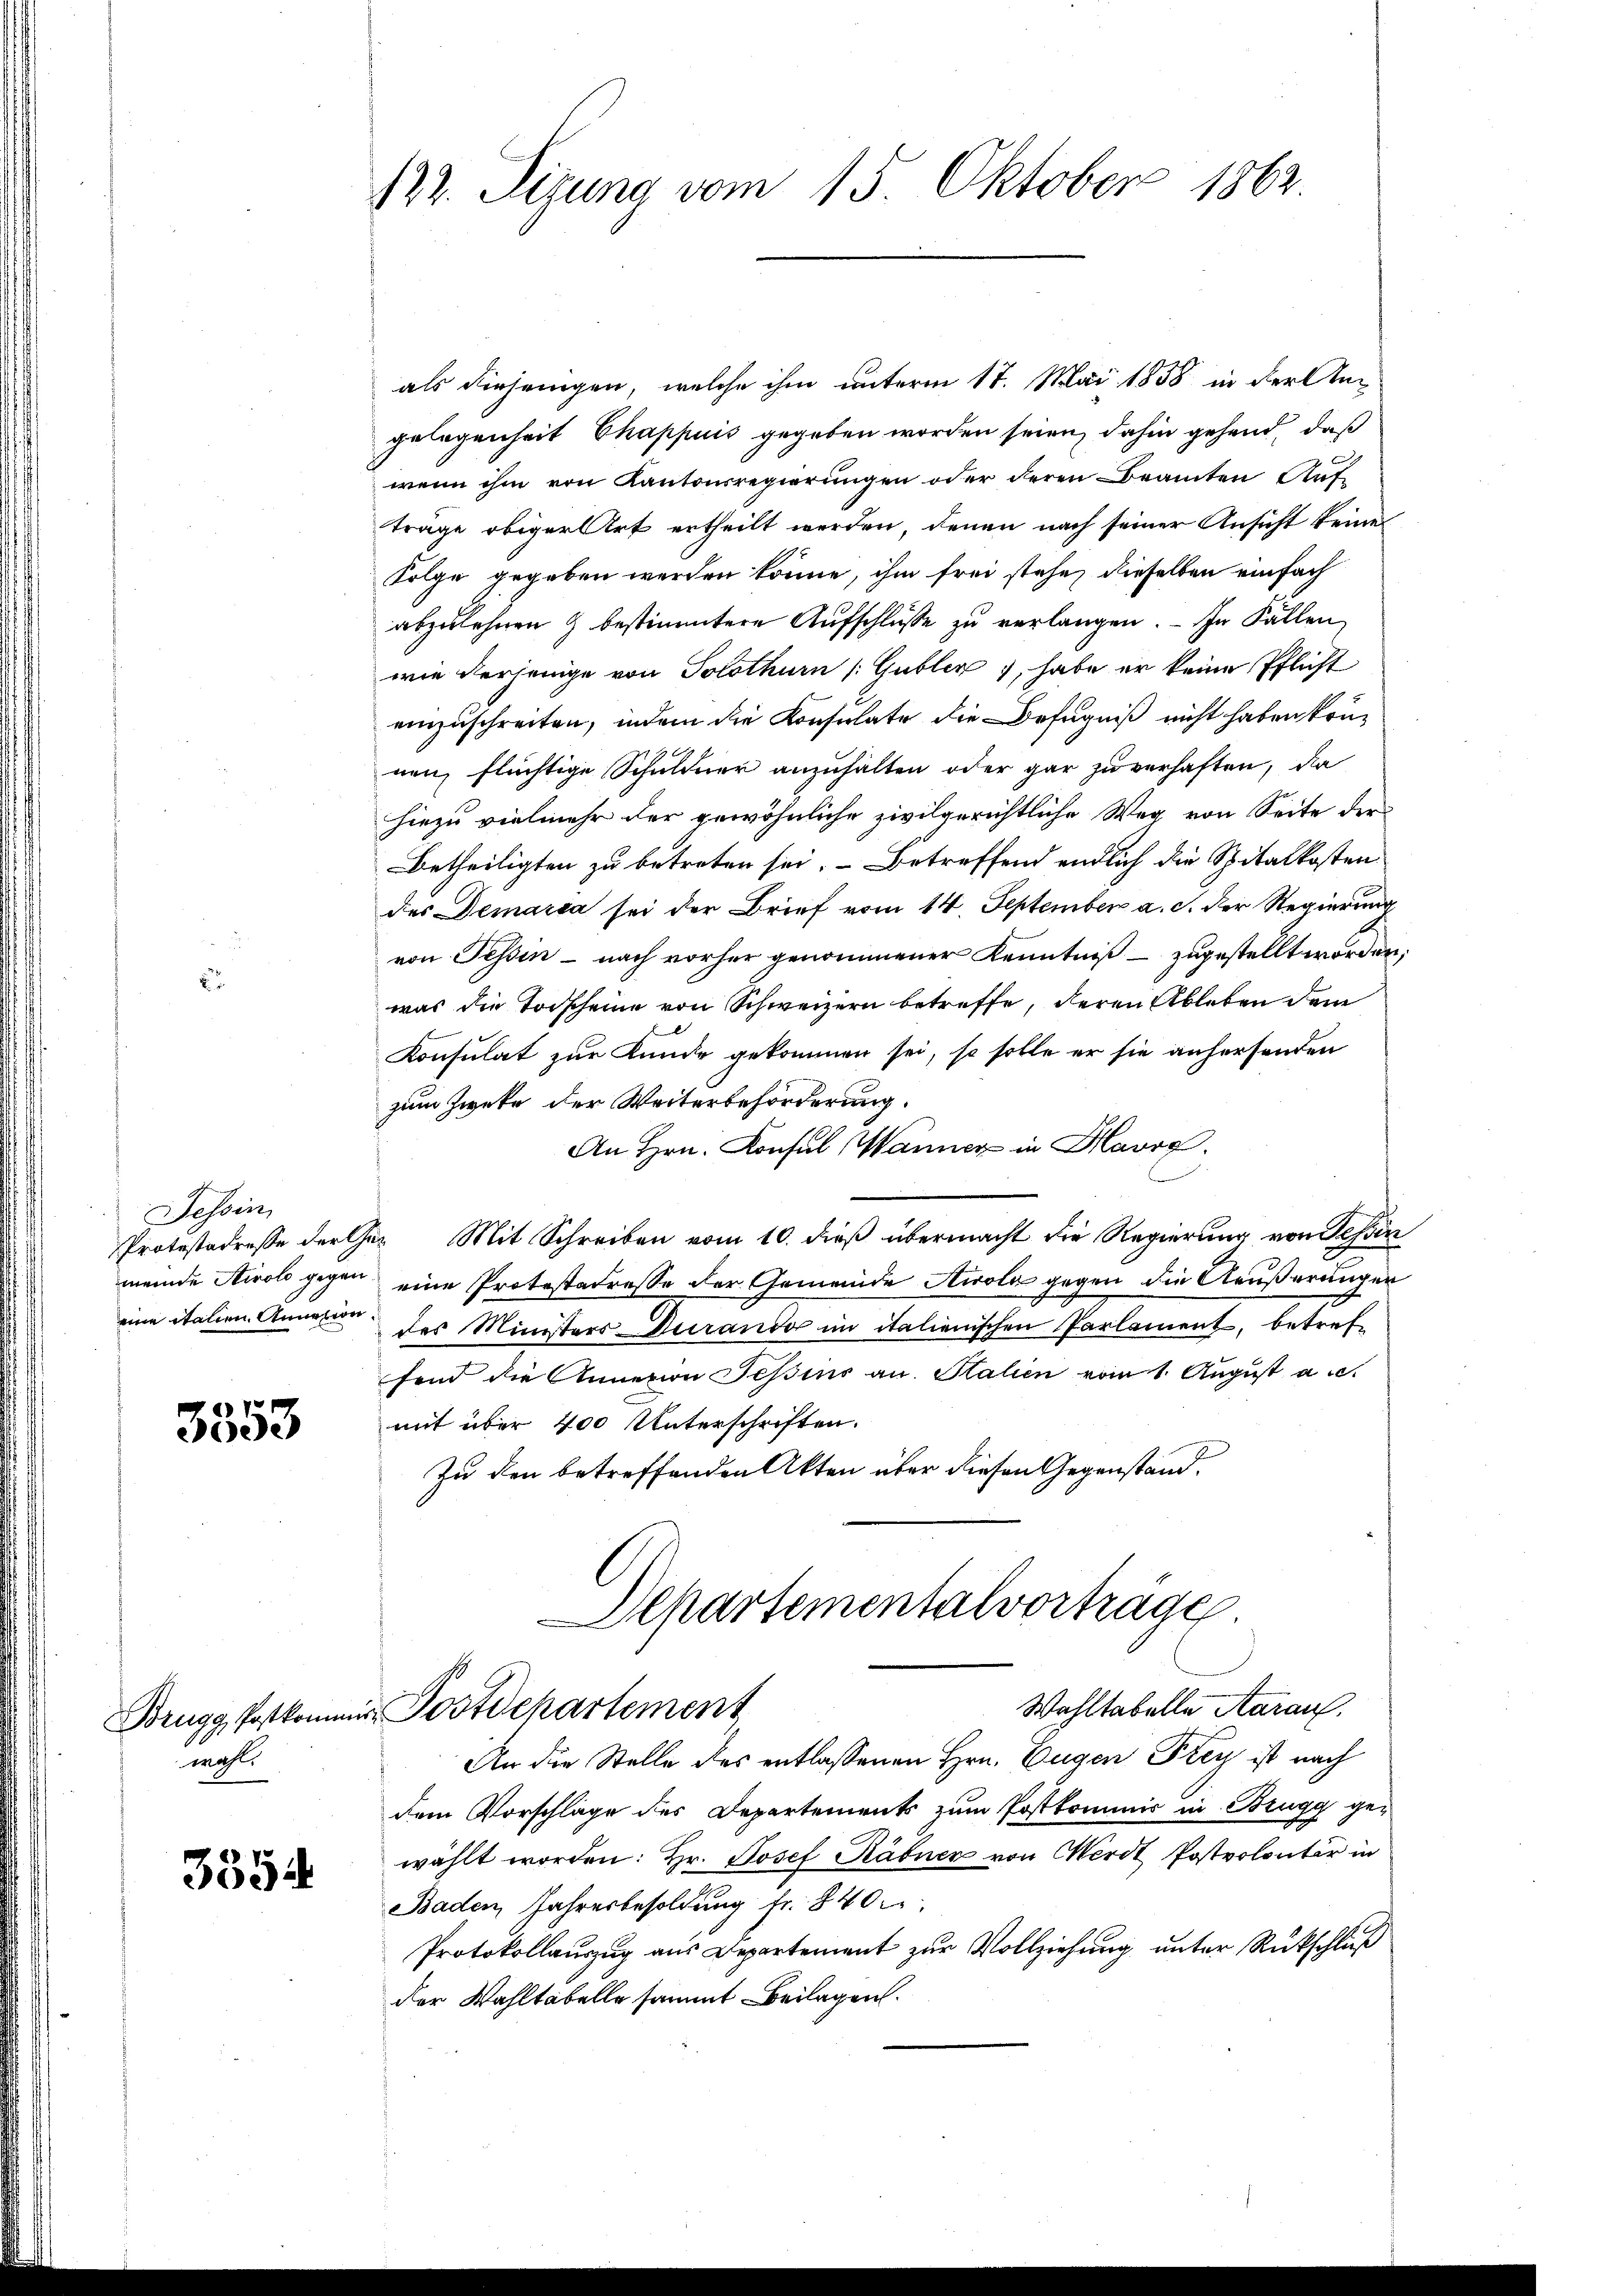
.

Tessin
Protestadresse der

3353

Brugg, Postkomm
wohl.

3354

122. Sizung vom 15. Oktober 1862.

als diejenigen, welche ihm unterm 17. Mai 1838 in der Angelegenheit Chappuis gegeben worden seien, dahin gehend, daß
wenn ihm von Kantonsregierungen oder deren Beamten Auf-
träge obiger Art ertheilt werden, denen nach seiner Ansicht keine
Folge gegeben werden könne, ihm frei stehe, dieselben einfach
abzulehnen & bestimmtere Aufschlüsse zu verlangen. - In Fällen,
wie derjenige von Solothurn (Gubler), habe er keine Pflicht
einzuschreiten, indem die Konsulate die Befugniß nicht haben können, flüchtige Schuldner anzuhalten oder gar zu verhaften, di
hiezu vielmehr der gewöhnliche zivilgerichtliche Weg von Seite der
Betheiligten zu betreten sei. – Betreffend endlich die Spitalkostendes Demarca sei der Brief vom 14. September a. c. der Regierung
von Tessin – nach vorher genommener Kenntniß – zugestellt worden;
was die Todscheine von Schweizern betreffe, deren Ableben dem
Konsulat zur Kunde gekommen sei, so solle er sie anhersenden
zum Zweke der Weiterbeförderung.
An Hrn. Konsul Wanner in Marg.
Per Mit Schreiben vom 10. dieß übermacht die Regierung von Tessin
meinde Airolo gegen eine Protestatresse der Gemeinde Airola gegen die Aeußerungen
eine italien Annern des Ministers durando in italienischen Parlament, betreffend die Annexion Tessins an. Stalien vom 1. August a.c.
mit über 400 Unterschriften.
Zu den betreffenden Akten über diesen Gegenstand.
Departementalvorträge
Wahltabelle Aarau
u. Postdepartement
An die Stelle des entlassenen Hrn. Eugen Frey ist nach
dem Vorschlage des Departements zum Postkommis in Brugg gewählt worden: Hr. Josef Räbner von Merdt Postvolontär in
Baden Jahresbesoldung fr. 8400
Protokollauszug aus Departement zur Vollziehung unter Rückschluß
der Wahltabelle sammt Beilagen.